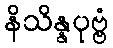
နိသိန္နပုဗ္ဗံ